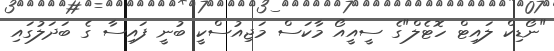
"ނޯޑިކް ލައިޓް ހޮޓެލް"ގެ ސީއީއޯ މާކަސް މަޖިއުސްކީ ބުނީ ފައިސާ ގެ ބަދަލުގައި